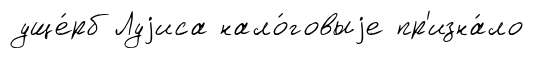
уще́рб Луjиса нало́говыjе пр'изна́ло